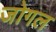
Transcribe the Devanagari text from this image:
जोगल